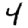
Digit: 4